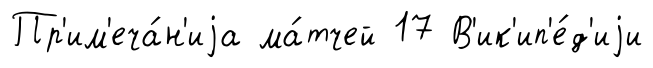
Пр'им'еча́н'иjа ма́тчей 17 В'ик'ип'е́д'иjи